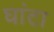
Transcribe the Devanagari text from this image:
घांटा